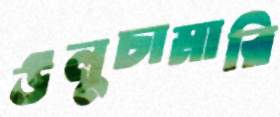
উলুচামারি